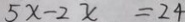
5 x - 2 x = 2 4